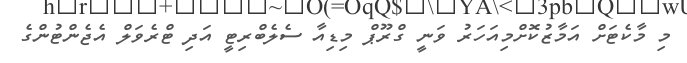
މި މާކެޓަށް އަމާޒުކޮށްމިއަހަރު ވަނީ ގްރޫޕް މިޑިއާ ސެލެބްރިޓީ އަދި ޓްރެވަލް އެޖެންޓުންގެ